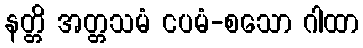
နတ္တိ အတ္တသမံ ငပမံ-စသော ဂါထာ